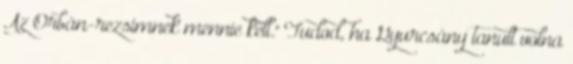
Az Orbán-rezsimnek mennie kell." Tudod, ha Gyurcsány tanult volna